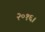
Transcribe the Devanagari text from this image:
२०१६।